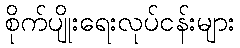
စိုက်ပျိုးရေးလုပ်ငန်းများ